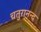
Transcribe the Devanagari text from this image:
चतुरानन्द